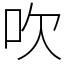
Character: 吹